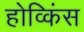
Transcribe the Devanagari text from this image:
होव्किंस